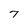
Character: 7